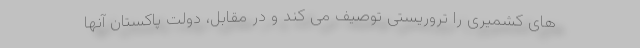
های کشمیری را تروریستی توصیف می کند و در مقابل، دولت پاکستان آنها